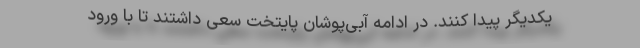
یکدیگر پیدا کنند. در ادامه آبی‌پوشان پایتخت سعی داشتند تا با ورود